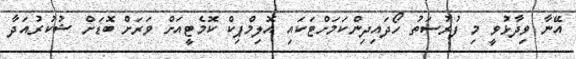
އޭނާ ވިދާޅުވީ މި ފުރުސަތު ހޯދައިދިންކަމަށްޓަކައި އޮލިމްޕިކް ކޮމެޓީއަށް ވަރަށް ބޮޑަށް ޝުކުރުއަދާ